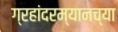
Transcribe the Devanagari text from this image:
ग्रहांदरम्यानच्या